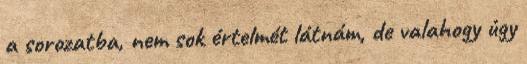
a sorozatba, nem sok értelmét látnám, de valahogy úgy